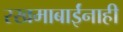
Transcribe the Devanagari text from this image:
रखमाबाईंनाही